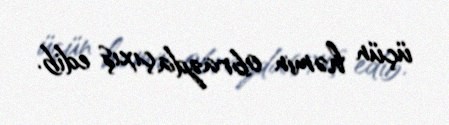
üçün həmin obrazda çıxış edib.